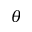
\theta